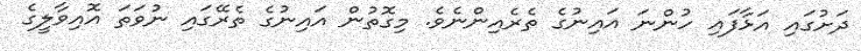
ދަށުގައި އަޅާފައި ހުންނަ އައިނުގެ ތެރެއިންނެވެ. މިގޮތުން އައިނުގެ ތެރޭގައި ނުވަތަ އޮއިވާލީގެ